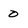
Character: 0